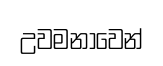
උවමනාවෙන්